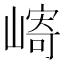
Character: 𫶓